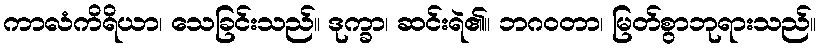
ကာလံကိရိယာ၊ သေခြင်းသည်။ ဒုက္ခာ၊ ဆင်းရဲ၏။ ဘဂဝတာ၊ မြတ်စွာဘုရားသည်။